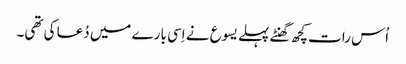
‏ اُس رات کچھ گھنٹے پہلے یسوع نے اِسی بارے میں دُعا کی تھی۔